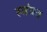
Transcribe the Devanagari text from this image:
स्तंत्रत